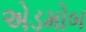
એડમોબ